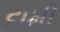
દામી